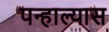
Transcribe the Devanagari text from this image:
पन्हाल्यास